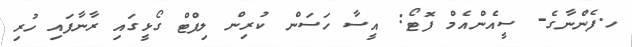
ހ.ފެންނާގެ- ސީއެންއެމް ފޮޓޯ: އީސާ ހަސަން ކުރިން ލިފްޓް ގޯޅީގައި ރާނާފައި ހުރި